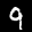
Label: 9